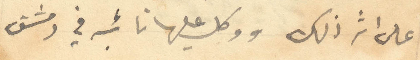
على اثر ذلك ووكل عليها نائبه في دمشق